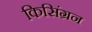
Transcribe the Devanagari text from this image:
किसिंग्रन